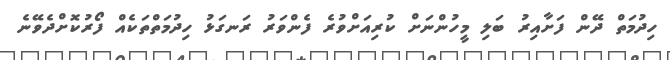
ހިދުމަތް ދޭން ފަށާއިރު ބަލި މީހުންނަށް ކުރިއަށްވުރެ ފެންވަރު ރަނގަޅު ހިދުމަތްތަކެއް ފޯރުކޮށްދެވޭނެ